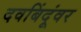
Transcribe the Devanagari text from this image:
दवबिंदूंवर